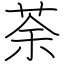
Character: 荼